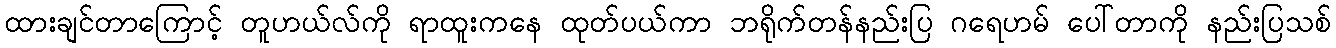
ထားချင်တာကြောင့် တူဟယ်လ်ကို ရာထူးကနေ ထုတ်ပယ်ကာ ဘရိုက်တန်နည်းပြ ဂရေဟမ် ပေါ်တာကို နည်းပြသစ်